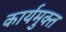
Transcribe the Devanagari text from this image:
कार्यमुक्‍त